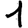
Digit: 1